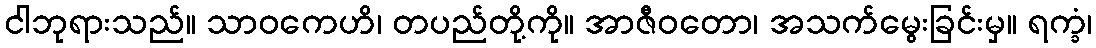
ငါဘုရားသည်။ သာဝကေဟိ၊ တပည်တို့ကို။ အာဇီဝတော၊ အသက်မွေးခြင်းမှ။ ရက္ခံ၊